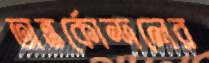
অন্তর্কোন্দলের